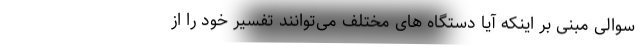
سوالی مبنی بر اینکه آیا دستگاه های مختلف می‌توانند تفسیر خود را از